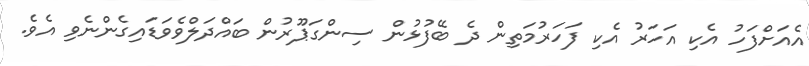
އެއަށްފަހު އެކި އަހަރު އެކި ފަހަރުމަތިން ދެ ބޭފުޅުން ސިންގަޕޫރުން ބައްދަލްވެވަޑައިގެންނެވި އެވެ.